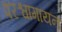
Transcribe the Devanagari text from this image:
परश्वागायन